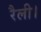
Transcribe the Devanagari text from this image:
रैली।